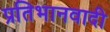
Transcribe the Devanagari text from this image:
प्रतिभानवादी